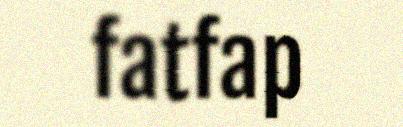
fatfap